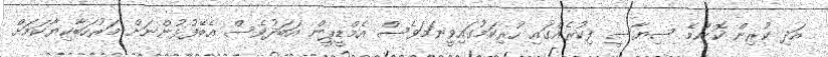
އަދި ކުރިން ކޮންމެ ސިޔާސީ ފިކުރެއްގައި ހުރިކަމުގައިވީނަމަވެސް އެމްޑީޕީން އަބަދުވެސް އެބޭފުޅުންނަށް މަރުހަބާކިޔާކަމަށް